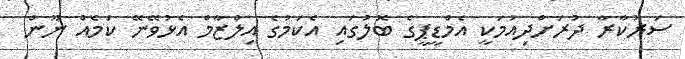
ސަރުކާރާ ދުރަށްދިއުމަކީ އެމްޑީޕީގެ ބޮލުގައި އެކަމުގެ އިލްޒާމް އެޅުވޭނޭ ކަމެއް ނޫން